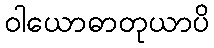
ဝါယောဓာတုယာပိ